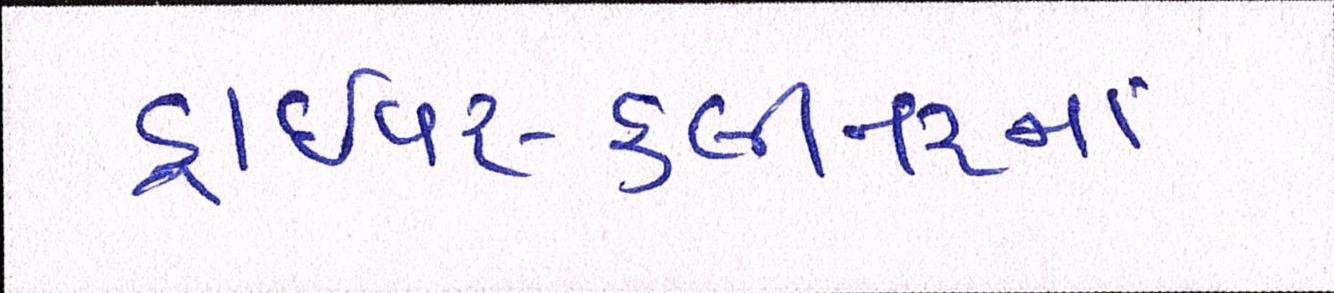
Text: ડ્રાઈવર-ક્લીનરનાં